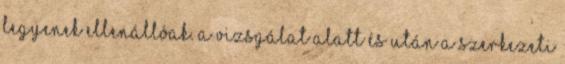
legyenek ellenállóak. A vizsgálat alatt és után a szerkezeti